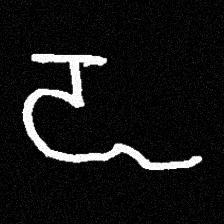
Pyu character \u2014 Myanmar letter: ဍ (romanized: dda)